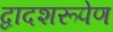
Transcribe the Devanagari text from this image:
द्वादशरूपेण